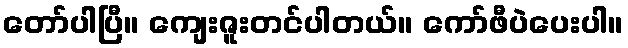
တော်ပါပြီ။ ကျေးဇူးတင်ပါတယ်။ ကော်ဖီပဲပေးပါ။